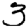
Digit: 3